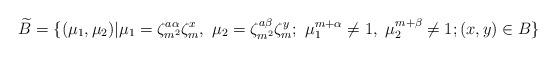
LaTeX: \begin{align*}\widetilde{B}=\{(\mu_1,\mu_2)|\mu_1=\zeta_{m^2}^{a\alpha}\zeta_m^x,\ \mu_2=\zeta_{m^2}^{a\beta}\zeta_m^y;\ \mu_1^{m+\alpha}\neq 1, \ \mu_2^{m+\beta}\neq 1; (x,y)\in B \}\end{align*}